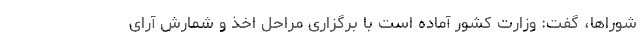
شوراها، گفت: وزارت کشور آماده است با برگزاری مراحل اخذ و شمارش آرای